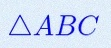
\triangle ABC